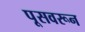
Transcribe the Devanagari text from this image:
पूसवरून